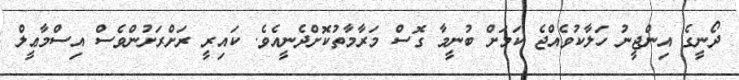
ދޯނީގެ އިންޖީނު ހަލާކުވެއްޖެ ކަމަށް ބުނީމާ ގޮސް މަރާމާތުކޮށްދެނީއެވެ. ކައިރީ ރަށްރަށުންވެސް އިސްމާޢީލް